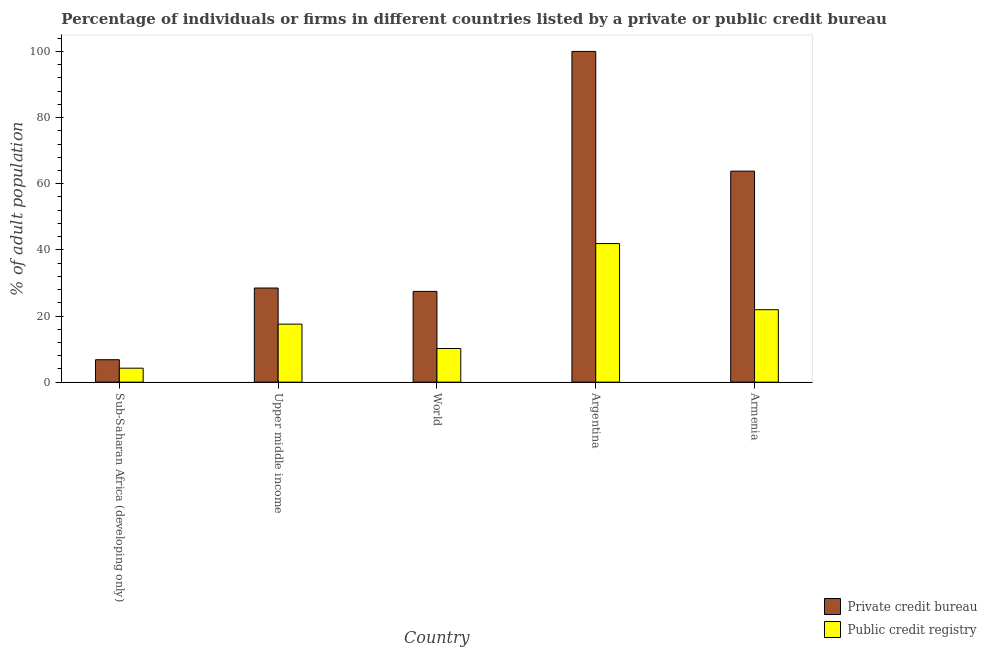
| Country | Private credit bureau | Public credit registry |
 | --- | --- | --- |
 | Sub-Saharan Africa (developing only) | 6.78 | 4.22 |
 | Upper middle income | 28.5 | 17.5 |
 | World | 27.4 | 10.2 |
 | Argentina | 100 | 41.9 |
 | Armenia | 63.8 | 21.9 |